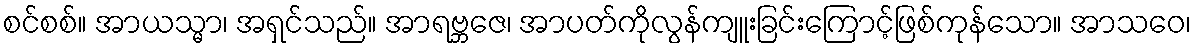
စင်စစ်။ အာယသ္မာ၊ အရှင်သည်။ အာရဗ္ဘဇေ၊ အာပတ်ကိုလွန်ကျူးခြင်းကြောင့်ဖြစ်ကုန်သော။ အာသဝေ၊